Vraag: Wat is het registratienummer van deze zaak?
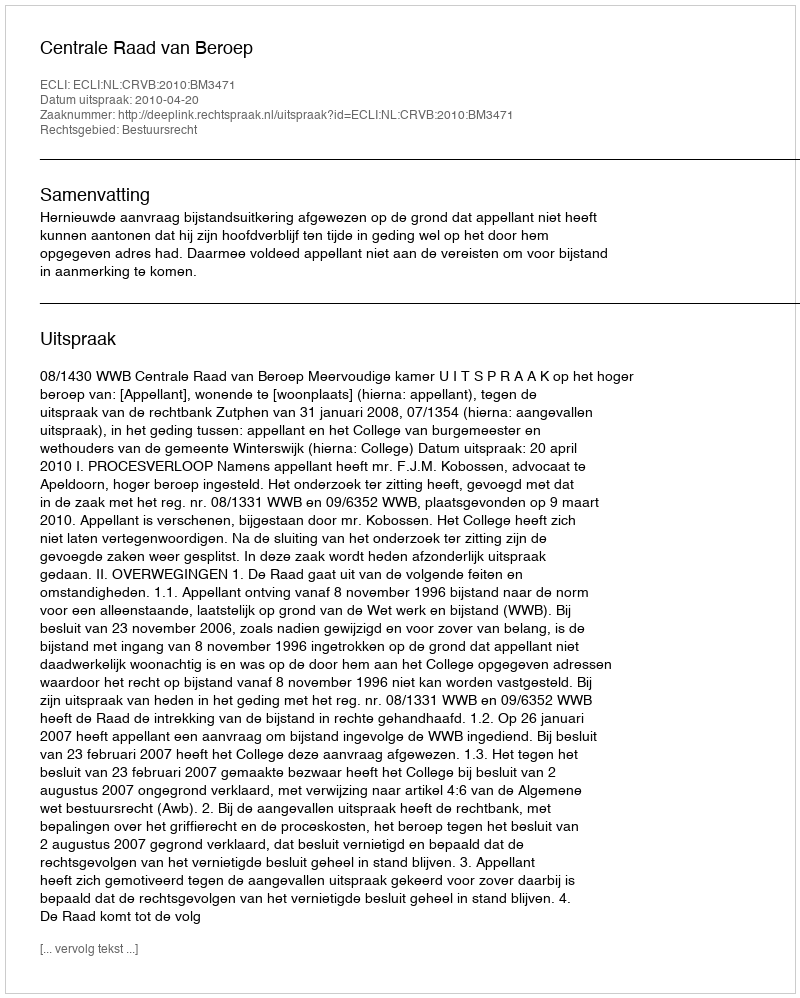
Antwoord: http://deeplink.rechtspraak.nl/uitspraak?id=ECLI:NL:CRVB:2010:BM3471